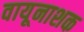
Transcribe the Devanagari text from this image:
वायूनाशक